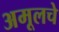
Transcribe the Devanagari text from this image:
अमूलचे